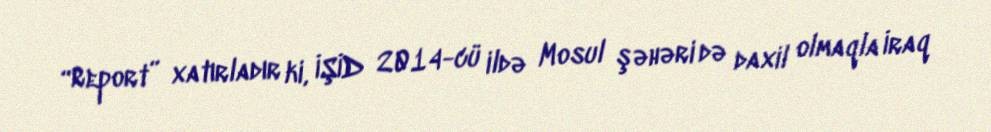
“Report” xatırladır ki, İŞİD 2014-cü ildə Mosul şəhəri də daxil olmaqla İraq